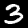
Label: 3